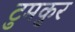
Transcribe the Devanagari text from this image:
टुमकुर